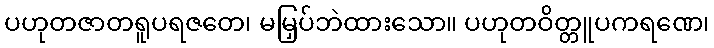
ပဟုတဇာတရူပရဇတေ၊ မမြှပ်ဘဲထားသော။ ပဟုတဝိတ္တူပကရဏေ၊